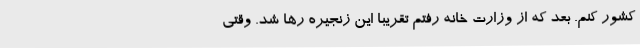
کشور کنم. بعد که از وزارت خانه رفتم تقریبا این زنجیره رها شد. وقتی